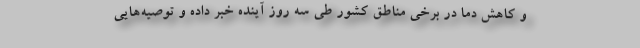
و کاهش دما در برخی مناطق کشور طی سه روز آینده خبر داده و توصیه‌هایی